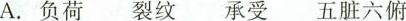
A.负荷 裂纹 承受 五脏六俯